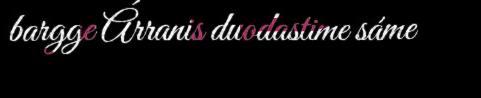
bargge Árranis duodastime sáme